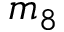
m _ { 8 }